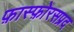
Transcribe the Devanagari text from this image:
फ़ास्फ़ोरसप्रद